Vaccination in Burma 1912-1922 - 1912-1922
Year: 1912
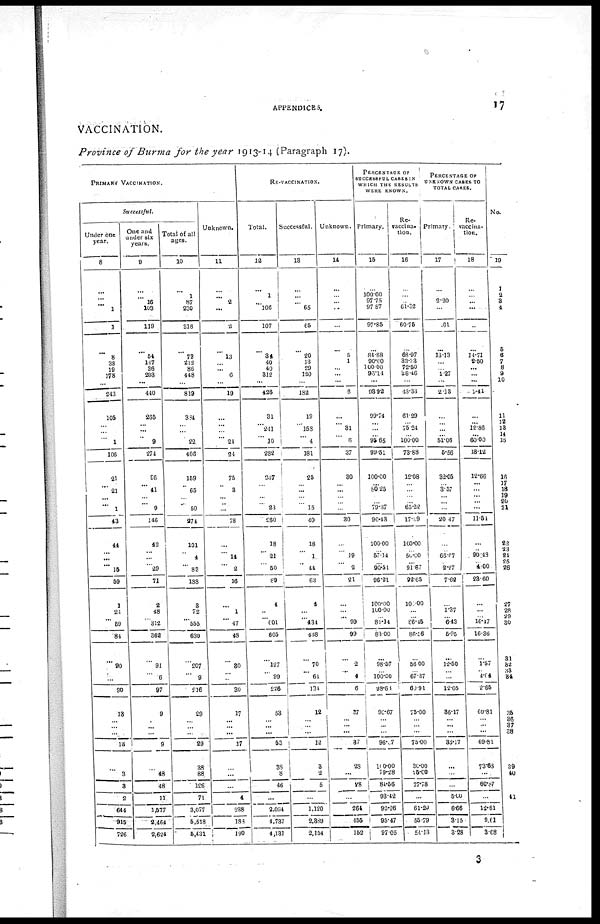
14
APPENDICES.
A.—VACCINATION.
STATEMENT No. II.—Showing the cost of the Department in the
No.
1
1
2
3
4
5
6
7
8
9
10
11
12
13
14
15
16
17
18
19
20
21
22
23
24
25
26
27
28
29
30
31
32
33
34
35
36
37
38
39
40
41
42
Districts.
2
ARAKAN DIVISION.
Akyab ... ... ...
Hill Tracts, Northern Arakan...
Kvankpyu... ... ...
Sandoway... ... ...
Total...
PEGU DIVISION.
Rangoon... ... ... ...
Insein... ... ... ...
Hanthawaddy... ... ...
Pegu... ... ... ...
Tharrawaddy... ... ...
Prome ... ... ...
Total...
IRRAWADDY DIVISION.
Ma-ubin... ... ...
Pyapôn ... ... ... ...
Bassein ... ... ... ...
Henzada... ... ...
Myaungmya ... ... ...
Total...
TENASSERIM DIVISION.
Amherst... ... ... ...
Tavoy ... ... ...
Mergui... ... ...
Toungoo... ... ...
Thatôn ... ... ...
Salween ... ... ...
Total...
MANDALAY DIVISION.
Mandalay... ... ...
Bhamo ... ... ...
Katha ... ... ...
Ruby Mines... ... ...
Myitkyina... ... ...
Total...
SAGAING DIVISION.
Shwebo ... ...
Sagaing ... ... ...
Lower Chindwin ... ...
Upper Chindwin ... ... ...
Total...
MAGWE DIVISION.
Thayetmyo... ... ...
Pakôkku... ... ...
Minbu ... ... ...
Magwe ... ... ...
Total...
MEIKTILA DIVISION.
Meiktila Vaccine Depôt... ...
Meiktila... ...
Yamèthin... ... ...
Kyauksè... ...
Myingyan... ... ...
Total...
SHAN STATES.
Northern Shan States... ...
Southern Shan States...
Total...
CHIN HILLS.
Chin Hills... ...
GRAND TOTAL FOR 1913-14 ...
GRAND TOTAL FOR 1912-13 ...
GRAND TOTAL FOR 1911-12 ...
Expenditure.
European super-
vising officers.
3
...
...
...
...
...
...
...
...
...
...
...
...
...
...
...
...
...
...
...
...
...
...
...
...
...
...
...
...
...
...
...
...
...
...
...
...
...
...
...
...
...
1
...
...
...
...
1
...
...
...
...
1
1
1
Pay.
4
Rs. A. P.
......
......
......
......
......
......
......
......
......
......
......
......
......
......
......
......
......
......
......
......
......
......
......
......
......
......
......
......
......
......
......
......
......
......
......
......
......
......
......
......
......
1,800 0 0
......
......
......
......
1,800 0 0
......
......
......
......
1,800
1,799
1,800
0
15
0
0
10
0
Native supervi-
sing officers.
5
2
... 1
1
4
...
2
2 2
1
1
8
1
1
2
1
1
6
3
1
1
1
1
...
7
1
... 1
1
...
3
1
1
1
1
4
1
1
1
2
5
1
1
2
1
1
6
2
5
7
...
50
49
49
Pay.
6
Rs.
780
A.
0
P.
0
...... 531
600
1,911
15
0
15
10
0
10
......
1,318
1,191
1,200
600
900
5,210
8
14
0
0
0
7
9 5
0
0
0
2
900
276
874
600
550
3,202
0
10
15
0
10
5
0
8
9
0
11
4
900
600
600
596
600
0
0
0
12
0
0
0
0
5
0
......
3,296 12 5
781 7 2
557
1,170
13
0
11
0
......
2,509 5 1
600
600
825
492
2,517
0
0
0
6
6
0
0
0
5
5
900
900
200
854
2,854
0
0
0
5
5
0
0
0
5
5
1,660
532
1,020
635
559
4,458
0
10
0
7
11
0
0
4
0
2
10
4
780
3,190
3,970
0
6
6
0
9
9
......
29,931
31,302
32,272
0
10
5
9
3
8
Vaccinators.
7
10
2
6
4
22
4
6
6
8
8
12
44
9
6
10
15
8
48
9
5
4
9
8
1
36
10
4
4
4
2
24
8
6
6
6
26
8
10
7
8
38
†
6
7
3
7
23
8
11
19
3
278
272
269
Pay.
8
Rs.
2,901
688
1,938
745
6,267
A.
0
0
5
0
6
P.
0
0
9
8
5
5,954
2,001
2,450
2,651
2,167
3,815
19,069
2
3
0
0
1
14
5
7
8
0
4
4
0
11
1,826
2,133
2,568
4,435
1,833
12,797
5
2
12
12
0
1
7
7
7
0
4
1
3,002
1,443
1,067
2,091
2,184
469
10,258
13
6
4
1
3
5
3
0
11
6
8
11
8
8
3,891
1,284
912
1,382
881
8,350
1
7
0
0
2
10
2
4
0
0
1
7
2,225
2,336
1,893
2,297
8,752
0
5
8
6
4
0
4
5
4
1
2,520
2,775
2,083
1,805
9,181
8
11
0
0
3
7
2
0
1
10
‡949
1,689
2,060
1,068
2,130
7,897
1
15
0
1
10
13
6
10
0
0
11
3
2,241
3,688
5,930
3
13
0
10
0
10
1,182
89,689
91,271
87,276
4
5
11
11
0
8
2
6
Clerks.
9
...
...
...
...
...
...
...
...
...
...
...
...
...
...
...
...
...
...
1
...
...
...
...
...
1
...
...
...
...
...
...
...
...
...
...
...
...
...
...
...
...
2
...
...
...
...
2
...
...
...
...
3
3
2
Pay.
10
Rs. A. P.
......
......
......
......
......
......
......
......
......
......
......
......
......
......
......
...... ......
......
240 0 0
......
......
......
......
......
210 0 0
......
......
......
......
......
......
......
......
......
......
......
......
......
......
......
......
1,012 4 7
......
......
......
......
1,612 4 7
......
......
......
......
1,852
1,766
1,312
4
3
0
7
1
0
Peons, etc.
11
...
...
...
...
...
5
...
...
...
...
...
5
...
...
...
...
...
...
...
...
...
...
...
...
...
...
...
...
...
...
...
...
...
...
...
...
...
1
...
...
1
9
...
...
...
...
9
...
10
10
...
25
23
23
Pay.
12
Rs. A. P.
......
......
......
......
......
638 13 9
......
......
......
......
......
638 13 9
......
......
......
......
......
......
......
......
......
......
......
......
......
......
......
......
...... ......
......
......
......
......
......
......
......
211 8 0
......
......
211 8 0
1,251 8 10
......
......
......
......
1,251 8 10
......
2,538
2,538
6
6
9
9
......
4,640
4,479
4,627
5
0
2
4
6
1
Total pay of
establish-
ment.
13
Rs.
3,681
683
2,470
1,315
8,179
A.
0
0
5
0
6
P.
0
0
7
8
3
6,593
3,319
3,641
3,851
2,767
4,745
24,918
0
12
14
0
1
14
10
4
5
5
4
4
0
10
2,726
2,409
3,443
5,035
2,383
15,999
5
13
12
12
11
6
7
3
4
0
3
5
4,142
2,043
1,667
2,687
2,784
469
13,795
13
6
4
14
3
5
0
0
11
6
1
11
8
1
1,672
1,284
1,469
2,552
881
10,859
8
7
13
0
2
15
4
4
11
0
1
8
2,825
2,936
2,718
2,789
11,269
0
5
8
12
10
0
4
5
9
6
3,420
3,887
2,283
2,659
12,250
8
3 0
5
1
7
2
0
6
3
7,272
2,222
3,080
1,753
2,690
17,019
14
10
0
8
9
11
11
2
0
2
9
0
3,021
9,417
12,438
3
10
14
10
6
4
1,182
1,27,913
1,30,619
1,27,288
4
0
8
3
0
4
10
3
* The average cost in this column is calculated on the total number of succcssful
† Apprentice
‡ This amount represents stipendiary allowance
§ Includes one Sub-Assistant Surgeon receiving an allowance